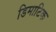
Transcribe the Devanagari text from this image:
डिमाटिक